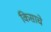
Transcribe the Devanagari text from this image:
किसाचे